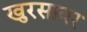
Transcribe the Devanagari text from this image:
खुरसावर